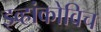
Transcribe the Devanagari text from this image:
इव्हांकोविच